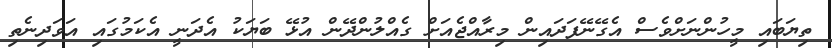
ތިޔަބައި މީހުންނަށްވެސް އެގޭނޭފަދައިން މިރާއްޖެއަށް ގެއްލުންދޭން އުޅޭ ބަޔަކު އެދަނީ އެކަމުގައި އަވަދިނެތި